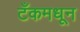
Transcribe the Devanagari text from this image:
टँकमधून